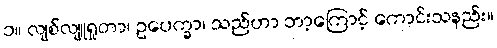
၁။ လျစ်လျူရှုတာ၊ ဥပေက္ခာ၊ သည်ဟာ ဘာ့ကြောင့် ကောင်းသနည်း။